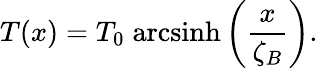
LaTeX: T(x)=T_{0}\; \mathrm{arcsinh}\left(\frac{x}{\zeta_{B}}\right).